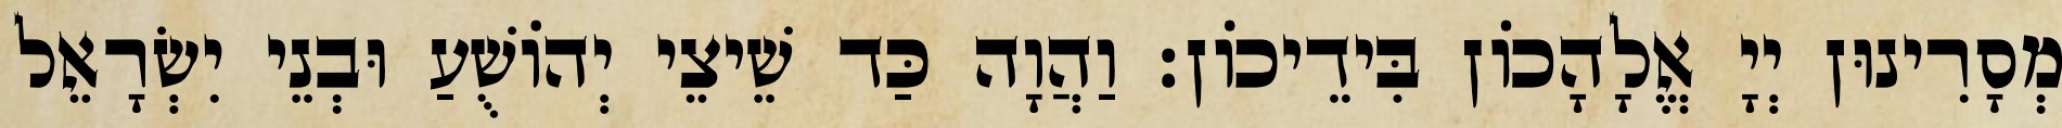
מְסָרִינוּן יְיָ אֱלָהָכוֹן בִּידֵיכוֹן׃ וַהֲוָה כַּד שֵׁיצֵי יְהוֹשֻׁעַ וּבְנֵי יִשְׂרָאֵל